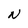
Character: N